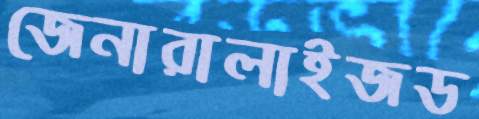
জেনারালাইজড